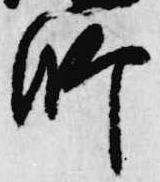
師